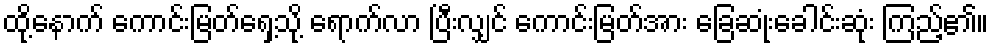
ထို့နောက် ကောင်းမြတ်ရှေ့သို့ ရောက်လာ ပြီးလျှင် ကောင်းမြတ်အား ခြေဆုံးခေါင်းဆုံး ကြည့်၏။